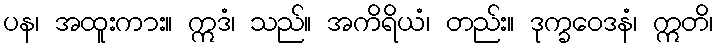
ပန၊ အထူးကား။ ဣဒံ၊ သည်။ အကိရိယံ၊ တည်း။ ဒုက္ခဝေဒနံ၊ ဣတိ၊